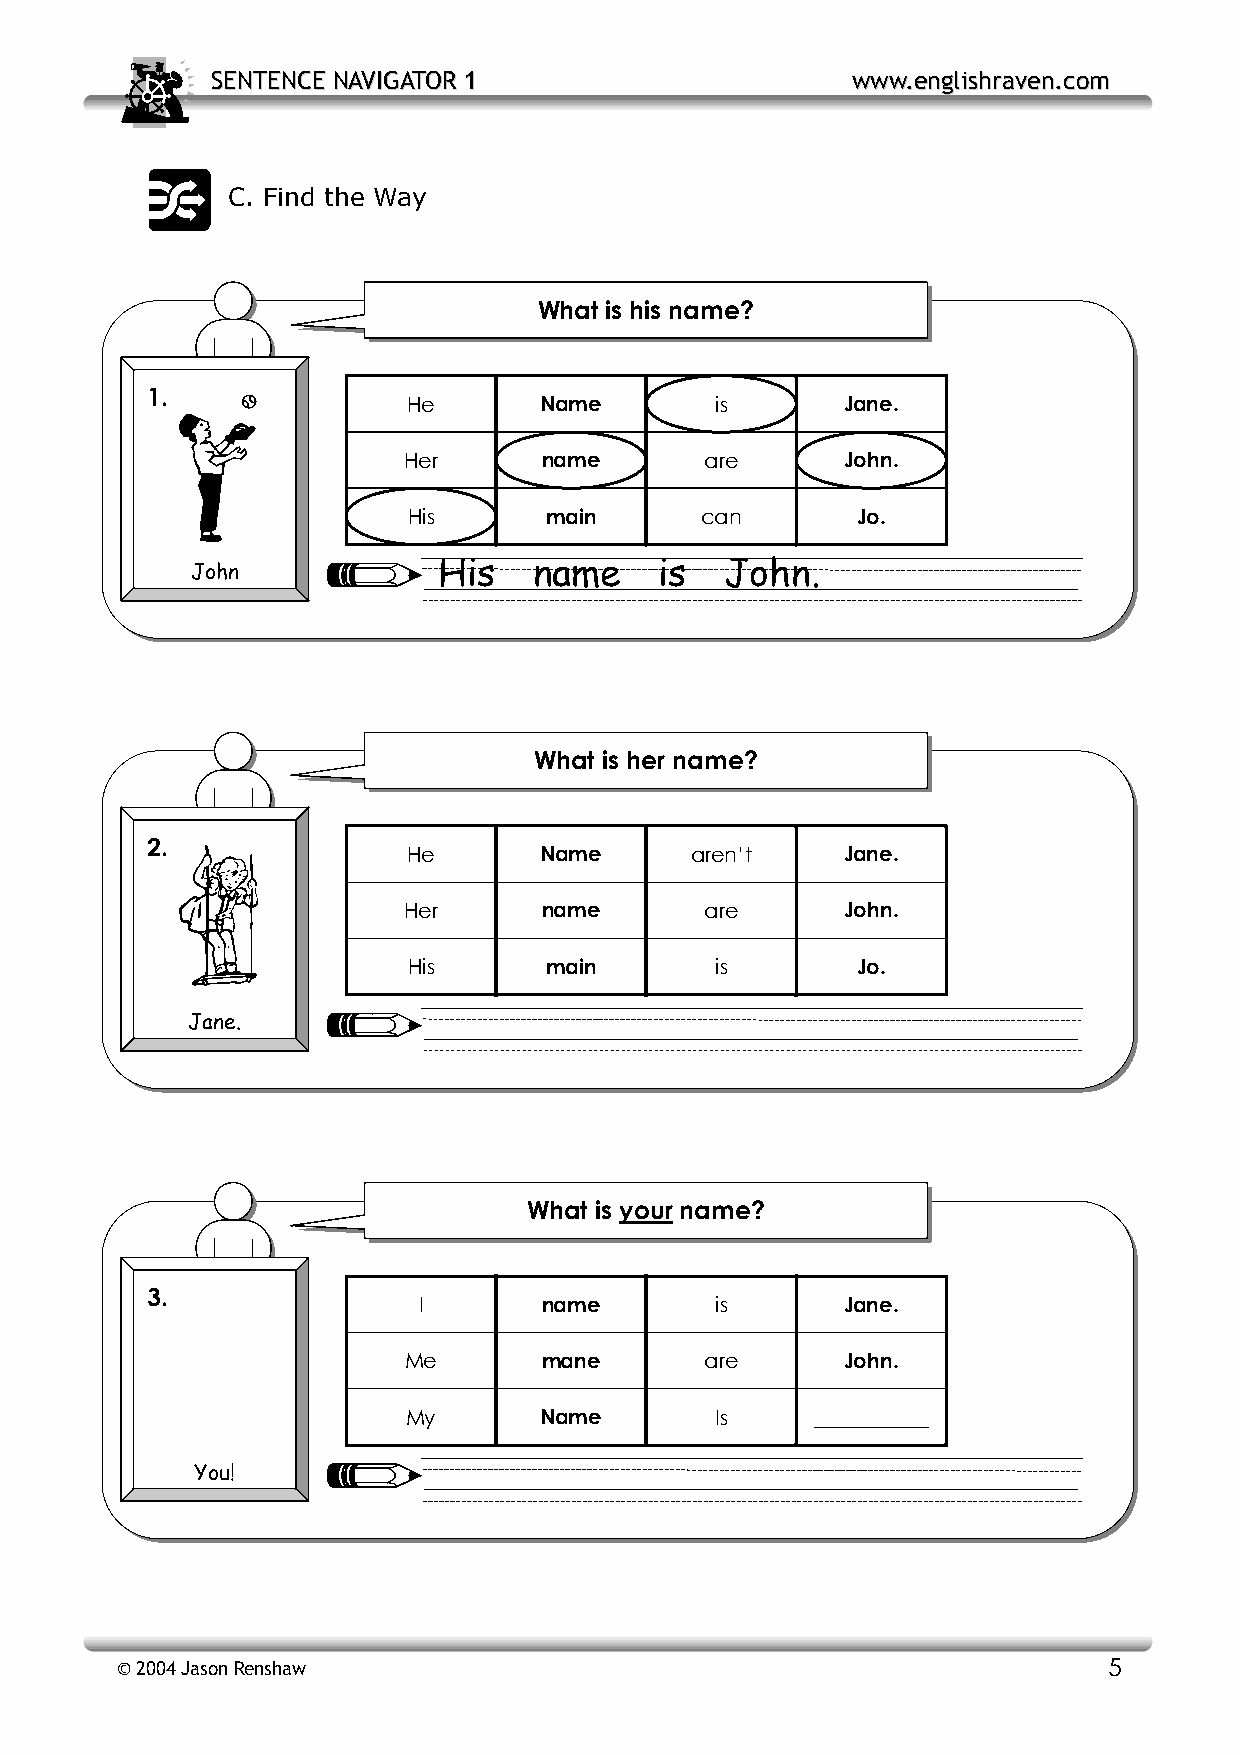
SSEENNTTEENNCCEE NNAAVVIIGGAATTOORR 11    wwwwww..eenngglliisshhrraavveenn..ccoomm
 C. Find the Way
 What is his name?
 1.
 He       Name       is       Jane.
 Her      name       are      John.
 His      main      can        Jo.
 John            His   name     is  John.
 What is her name?
 2.
 He       Name      aren’t    Jane.
 Her      name       are      John.
 His      main       is        Jo.
 Jane.
 What is your name?
 3.
 I       name       is       Jane.
 Me       mane       are      John.
 My       Name       Is     ___________
 You!
 © 2004 Jason Renshaw                                             5